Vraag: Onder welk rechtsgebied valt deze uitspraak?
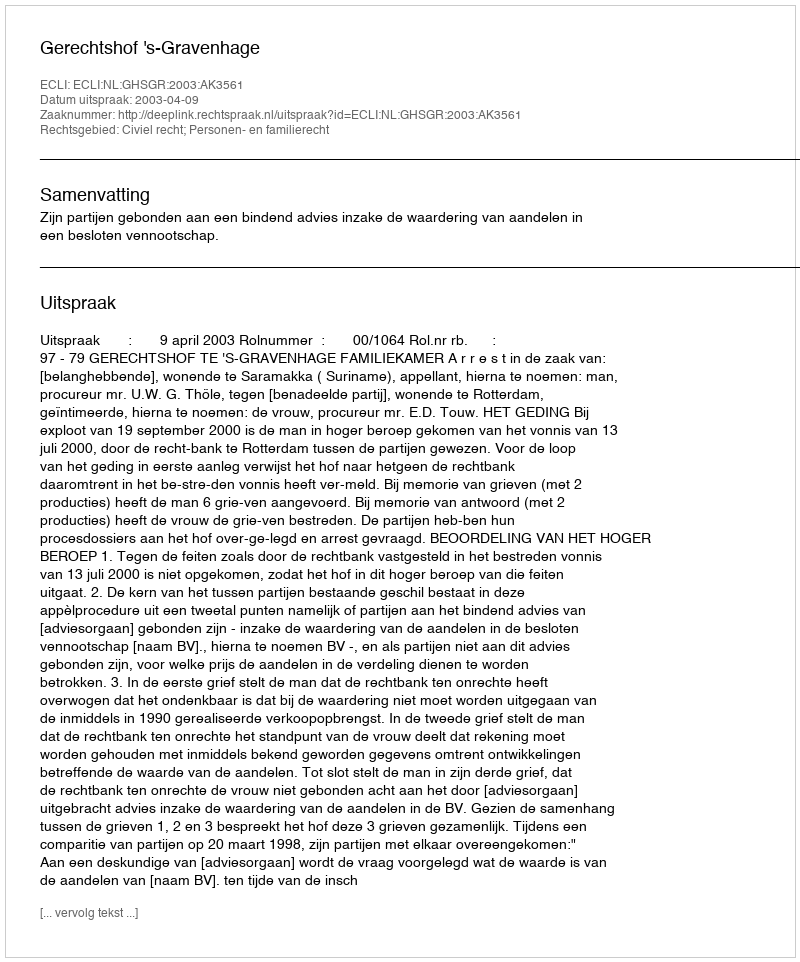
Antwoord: Civiel recht; Personen- en familierecht